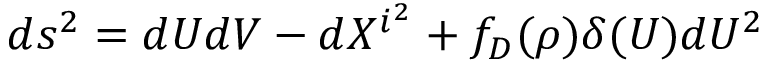
d s ^ { 2 } = d U d V - d X ^ { i ^ { 2 } } + f _ { D } ( \rho ) \delta ( U ) d U ^ { 2 }